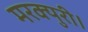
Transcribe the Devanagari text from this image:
मरक्युरी।